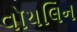
વૉયલિન